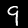
Label: 9